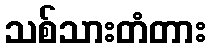
သစ်သားတံတား